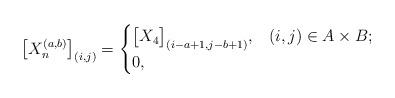
LaTeX: \begin{align*}\big[X_n^{(a,b)}\big]_{(i,j)} = \begin{cases}\big[X_4\big]_{(i-a+1,j-b+1)}, & (i,j)\in A \times B;\\0, & \end{cases}\end{align*}